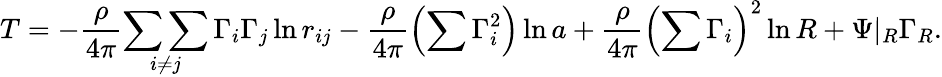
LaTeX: T=-\frac{\rho}{4\pi}\underset{i\neq j}{\sum\sum}\, \Gamma_{i}\Gamma_{j}\ln r_{ij}-\frac{\rho}{4\pi}\left(\sum\Gamma_{i}^{2}\right)\ln a+\frac{\rho}{4\pi}\left(\sum\Gamma_{i}\right)^{2}\ln R+\Psi|_{R}\Gamma_{R}.